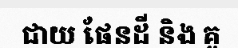
ជាយ ផែនដី និង គូ